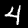
Digit: 4